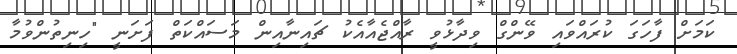
ކަމަށް ފާހަގަ ކުރައްވައި ވޭންގް ވިދާޅުވީ ރާއްޖެއާއެކު ޗައިނާއިން މަސައްކަތް ފަށަނީ "ހިނިތުންވުމާ